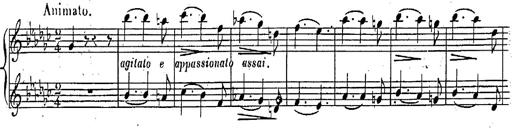
Title: Marche et Cavatine de Lucie de Lammermoor, S.398
Composer: Franz Liszt